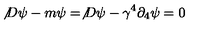
\not { D } \psi - m \psi = \not { D } \psi - \gamma ^ { 4 } \partial _ { 4 } \psi = 0